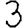
Digit: 3